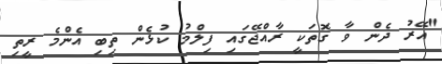
"އޭރު ދެން ވާ ގޮތަކީ ރާއްޖޭގައި ފިލްމު ކުޅެން ތިބި އެންމެ ރީތި